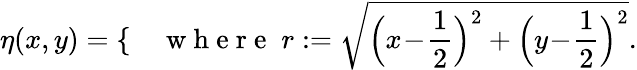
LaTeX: \eta(x,y)=\left\{ \begin{array}{rlrl}\end{array}\right.\quad\mathrm{~w~h~e~r~e~}\; r:=\sqrt{\Big(x\! -\! \frac 12\Big)^{2}+\Big(y\! -\! \frac 12\Big)^{2}}.